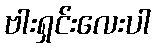
ဗါးရှင်းလေးပါ